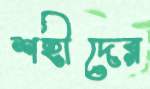
শহীদের